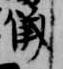
儀